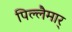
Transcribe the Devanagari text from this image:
पिल्लैमार्